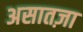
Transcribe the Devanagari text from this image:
असातज़ा